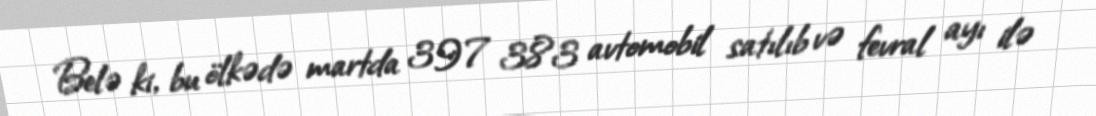
Belə ki, bu ölkədə martda 397 383 avtomobil satılıb və fevral ayı ilə